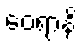
ဝေရာနိ